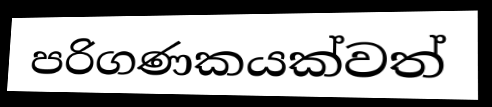
පරිගණකයක්වත්